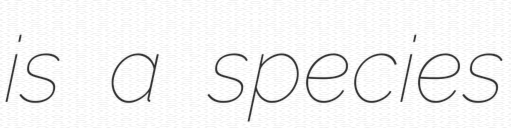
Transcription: is a species